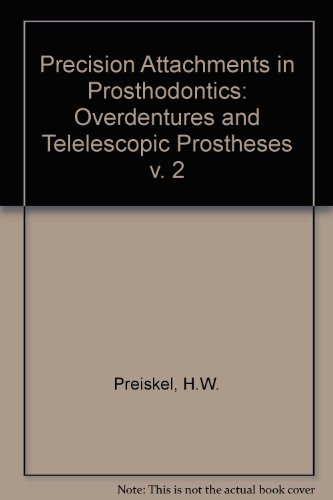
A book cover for Precision Attachments in Prosthodontics: Overdentures and Telescopic Prosthesis; Harold W. Preiskel; Medical Books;